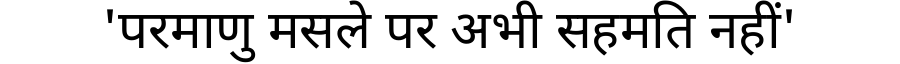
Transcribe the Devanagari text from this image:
'परमाणु मसले पर अभी सहमति नहीं'